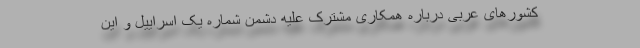
کشورهای عربی درباره همکاری مشترک علیه دشمن شماره یک اسراییل و این